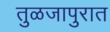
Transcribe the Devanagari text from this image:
तुळजापुरात